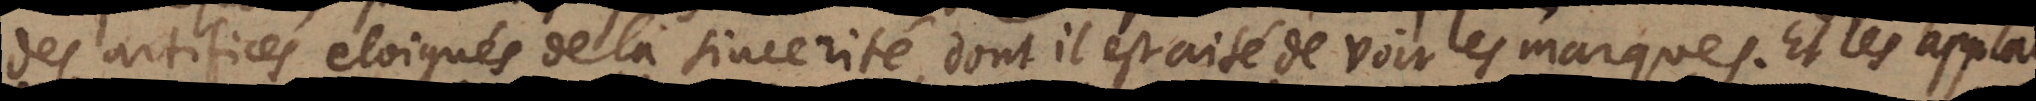
des artifices eloignés de la sincerité, dont il est aisé de voir des manques. Et les applau-